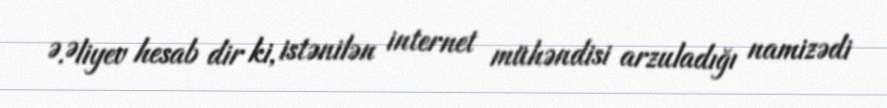
Ə.Əliyev hesab dir ki, istənilən internet mühəndisi arzuladığı namizədi